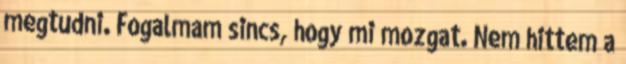
megtudni. Fogalmam sincs, hogy mi mozgat. Nem hittem a